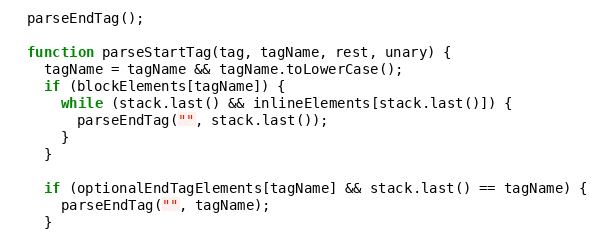
Language: JavaScript
  parseEndTag();

  function parseStartTag(tag, tagName, rest, unary) {
    tagName = tagName && tagName.toLowerCase();
    if (blockElements[tagName]) {
      while (stack.last() && inlineElements[stack.last()]) {
        parseEndTag("", stack.last());
      }
    }

    if (optionalEndTagElements[tagName] && stack.last() == tagName) {
      parseEndTag("", tagName);
    }